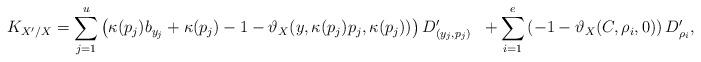
LaTeX: \begin{align*}K_{X' / X} &= \sum_{j=1}^u \left( \kappa(p_j)b_{y_j}+\kappa(p_j)-1-\vartheta_X (y,\kappa(p_j)p_j,\kappa(p_j)) \right) D_{(y_j,p_j)}' &+ \sum_{i=1}^e \left(-1-\vartheta_X (C,\rho_i,0) \right) D_{\rho_i}' ,\end{align*}